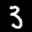
Label: 3